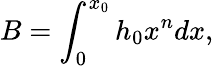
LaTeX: B=\int_{0}^{x_{0}}h_{0}x^{n}dx,